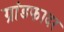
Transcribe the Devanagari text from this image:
ग्रांडफादर